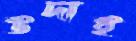
উদাই